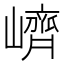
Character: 𡽉